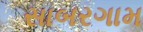
સાબરગામ